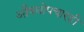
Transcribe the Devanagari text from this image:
औषधोपचारही